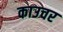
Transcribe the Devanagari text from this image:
काउचर